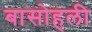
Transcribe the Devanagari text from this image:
बासोहली